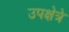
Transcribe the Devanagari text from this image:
उपक्षेत्रे